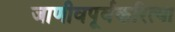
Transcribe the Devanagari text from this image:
जाणीवपूर्वकरित्या